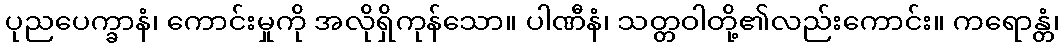
ပုညပေက္ခာနံ၊ ကောင်းမှုကို အလိုရှိကုန်သော။ ပါဏီနံ၊ သတ္တဝါတို့၏လည်းကောင်း။ ကရောန္တံ၊